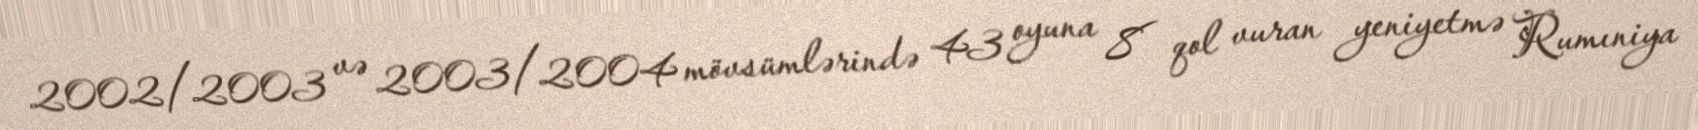
2002/2003 və 2003/2004 mövsümlərində 43 oyuna 8 qol vuran yeniyetmə Rumıniya